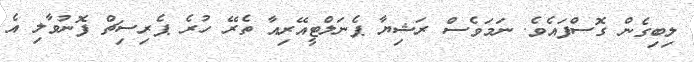
ލިބިގެން ގޮސްފައެވެ. ނަމަވެސް ރަޝިޔާ ޕެނަލްޓީއޭރިއާ ތެރޭ ހުރެ ޕެރިސިޗް ފޮނުވާލި އެ